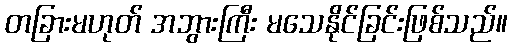
တခြားမဟုတ် အဘွားကြီး မသေနိုင်ခြင်းဖြစ်သည်။